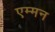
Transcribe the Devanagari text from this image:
एम्मन